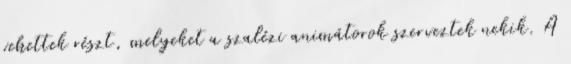
vehettek részt, melyeket a szalézi animátorok szerveztek nekik. A